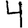
Digit: 4